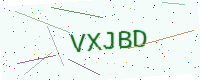
Text: VXJBD